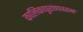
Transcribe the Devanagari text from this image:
कालिकापुराणावरून